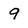
Character: 9